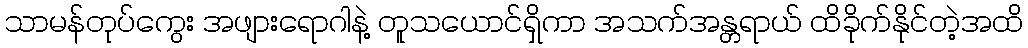
သာမန်တုပ်ကွေး အဖျားရောဂါနဲ့ တူသယောင်ရှိကာ အသက်အန္တရာယ် ထိခိုက်နိုင်တဲ့အထိ